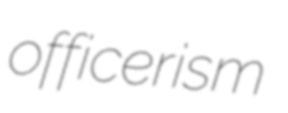
officerism